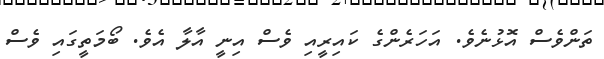
ތަންވެސް އޮޅުނެވެ. އަހަރެންގެ ކައިރީއި ވެސް އިނީ އާލާ އެވެ. ބޯމަތީގައި ވެސް